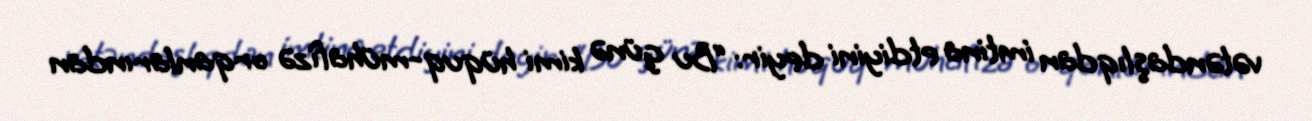
vətəndaşlıqdan imtina etdiyini deyir: “Bu günə kimi hüquq-mühafizə orqanlarından